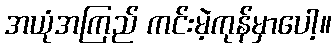
အယုံအကြည် ကင်းမဲ့ကုန်မှာပေါ့။